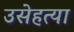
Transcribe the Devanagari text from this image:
उसेहत्या